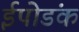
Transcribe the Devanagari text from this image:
ईपोडंक